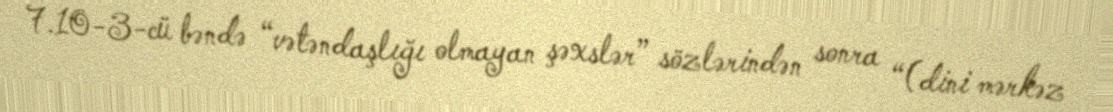
7.10-3-cü bəndə “vətəndaşlığı olmayan şəxslər” sözlərindən sonra “(dini mərkəz